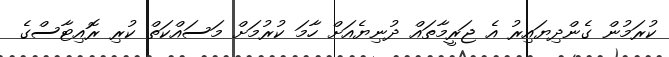
ކުރަމުން ގެންދިޔައިރު އެ ޖަރީމާތައް ދުނިޔެއަަށް ހާމަ ކުރުމަށް މަސައްކަތް ކުރި ރޮއިޓާސްގެ